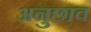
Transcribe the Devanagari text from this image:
अनुछाव